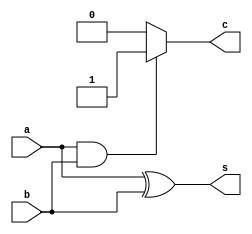
module half_adder(   //1bit
    input a,
    input b,
    output s,
    output c
);
reg c_out;

assign s = a^b;
assign c = c_out;

always @(*) begin
    if((a == 1'b1)&(b == 1'b1))
    c_out = 1'b1;
    else
    c_out = 1'b0;
end

endmodule